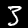
Label: 3